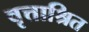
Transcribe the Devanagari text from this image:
वृत्ताश्रित